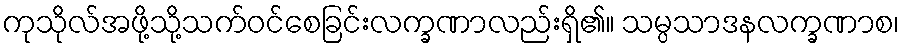
ကုသိုလ်အဖို့သို့သက်ဝင်စေခြင်းလက္ခဏာလည်းရှိ၏။ သမ္ပသာဒနလက္ခဏာစ၊